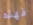
فهذه